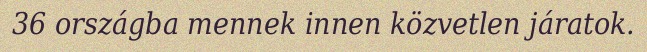
36 országba mennek innen közvetlen járatok.